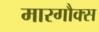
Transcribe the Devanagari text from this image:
मारगौक्स